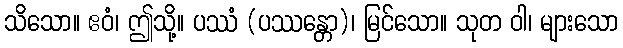
သိသော။ ဧဝံ၊ ဤသို့။ ပဿံ (ပဿန္တော)၊ မြင်သော။ သုတ ဝါ၊ များသော